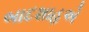
બાદશાહએ